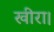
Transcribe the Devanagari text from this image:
खीरा।